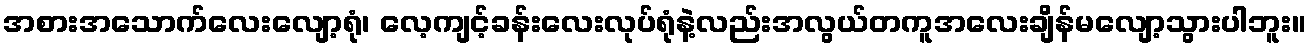
အစားအသောက်လေးလျော့ရုံ၊ လေ့ကျင့်ခန်းလေးလုပ်ရုံနဲ့လည်းအလွယ်တကူအလေးချိန်မလျော့သွားပါဘူး။